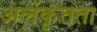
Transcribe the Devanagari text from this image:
अलंकृतता